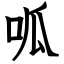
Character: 呱